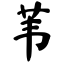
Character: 苇